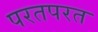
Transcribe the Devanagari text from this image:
परतपरत